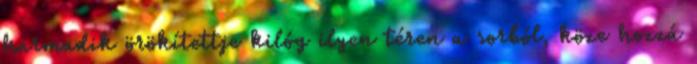
harmadik örökítettje kilóg ilyen téren a sorból, köze hozzá